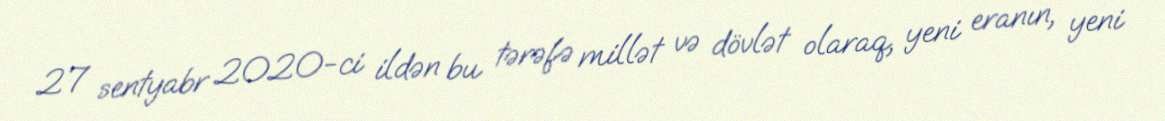
27 sentyabr 2020-ci ildən bu tərəfə millət və dövlət olaraq, yeni eranın, yeni